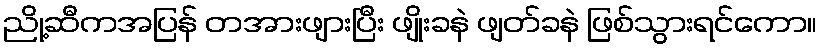
ညို့ဆီကအပြန် တအားဖျားပြီး ဖျိုးခနဲ ဖျတ်ခနဲ ဖြစ်သွားရင်ကော။